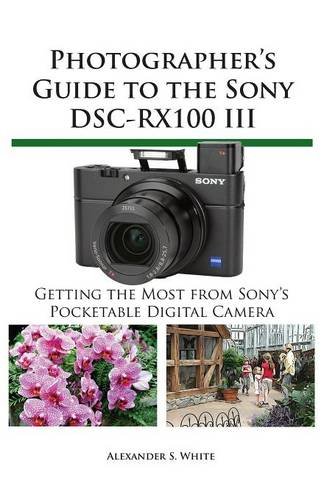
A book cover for Photographer's Guide to the Sony Dsc-Rx100 III; Alexander S. White; Arts & Photography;